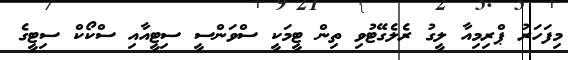
މިފަހަރު ޕްރިމިއާ ލީގު ރެލެގޭޓުވި ތިން ޓީމަކީ ސްވަންސީ ސިޓީއާއި ސްކޯކް ސިޓީގެ